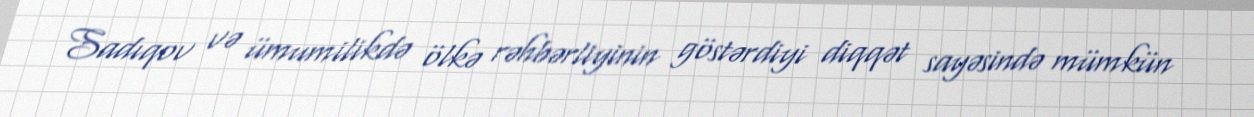
Sadıqov və ümumilikdə ölkə rəhbərliyinin göstərdiyi diqqət sayəsində mümkün